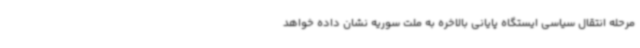
مرحله انتقال سیاسی ایستگاه پایانی بالاخره به ملت سوریه نشان داده خواهد